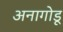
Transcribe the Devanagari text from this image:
अनागोडू